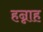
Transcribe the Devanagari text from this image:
हन्नाह